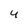
Character: 4